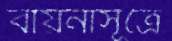
বায়নাসূত্রে